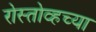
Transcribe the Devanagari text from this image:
रोस्तोव्हच्या